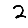
Digit: 2